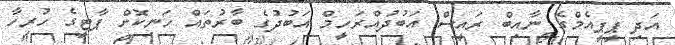
އަދި ޕީޕީއެމްގެ ނާއިބް ރައީސް އަބުދުއްރަހީމް އަބުދުގެ ބާރުތައް ހަނިކޮށް ޕާޓީގެ ހުރިހާ